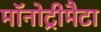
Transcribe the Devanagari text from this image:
मॉनोट्रीमैटा